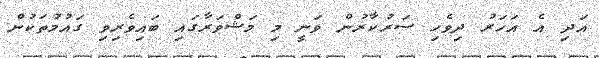
އަދި އެ އަހަރު ދިވެހި ސަރުކާރުން ވަނީ މި މަޝްވަރާގައި ބައިވެރިވި ގައުމުތަކުން